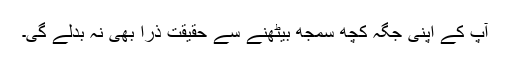
آپ کے اپنی جگہ کچھ سمجھ بیٹھنے سے حقیقت ذرا بھی نہ بدلے گی۔